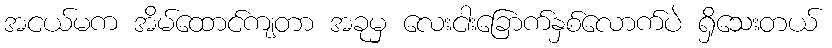
အငယ်မက အိမ်ထောင်ကျတာ အခုမှ လေးငါးခြောက်နှစ်လောက်ပဲ ရှိသေးတယ်